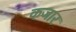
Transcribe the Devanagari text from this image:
कजार